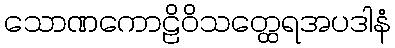
သောဏကောဠိဝိသတ္ထေရအပဒါနံ